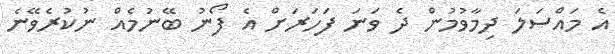
އެ މައްސަލަ ދިމާވުމުން ދެ ވަނަ ފަހަރަށް އެ ފޯނު ބޭނުމެއް ނުކުރެވޭނެ